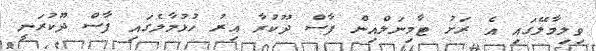
ވިލިމާލޭގައި އެ ރަށު ޓާމިނަލްއިން ފާސް ދޫކުރާ އިރު ހުޅުމާލެގައި ފާސް ދޫކުރަނީ